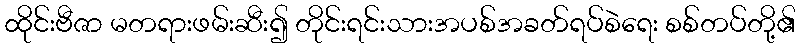
ထိုင်းဗီဇာ မတရားဖမ်းဆီး၍ တိုင်းရင်းသားအပစ်အခတ်ရပ်စဲရေး စစ်တပ်တို့၏